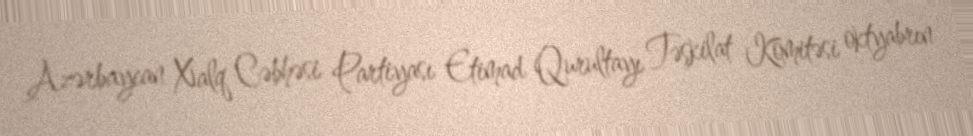
Azərbaycan Xalq Cəbhəsi Partiyası Etimad Qurultayı Təşkilat Komitəsi oktyabrın